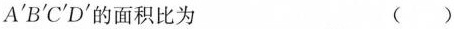
A^{\prime}B^{\prime}C^{\prime}D^{\prime}的面积比为 ()